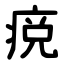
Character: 痥